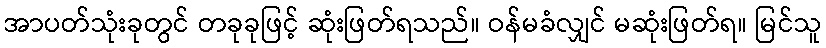
အာပတ်သုံးခုတွင် တခုခုဖြင့် ဆုံးဖြတ်ရသည်။ ဝန်မခံလျှင် မဆုံးဖြတ်ရ။ မြင်သူ